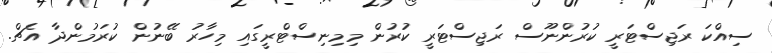
ސިއްކަ ރަޖިސްޓަރީ ކުރުންނޫސް ރަޖިސްޓަރީ ކުރުން މިމިނިސްޓްރީގައި މިހާރު ބޭނުން ކުރަމުންދާ އެޗް.